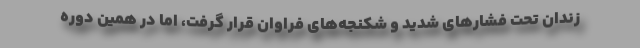
زندان تحت فشارهای شدید و شکنجه‌های فراوان قرار گرفت، اما در همین دوره